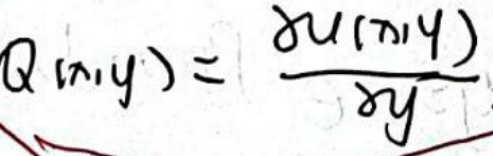
\[
Q(x,y)=\frac{\partial u(x,y)}{\partial y}
\]